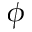
\phi